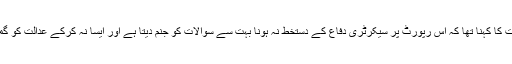
نامہ نگار شہزاد ملک کے مطابق عدالت کا کہنا تھا کہ اس رپورٹ پر سیکرٹری دفاع کے دستخط نہ ہونا بہت سے سوالات کو جنم دیتا ہے اور ایسا نہ کرکے عدالت کو گمراہ کرنے کی کوشش کی جا رہی ہے۔